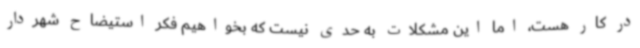
در کار هست، اما این مشکلات به حدی نیست که بخواهیم فکر استیضاح شهردار